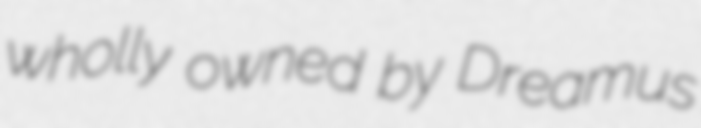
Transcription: wholly owned by Dreamus